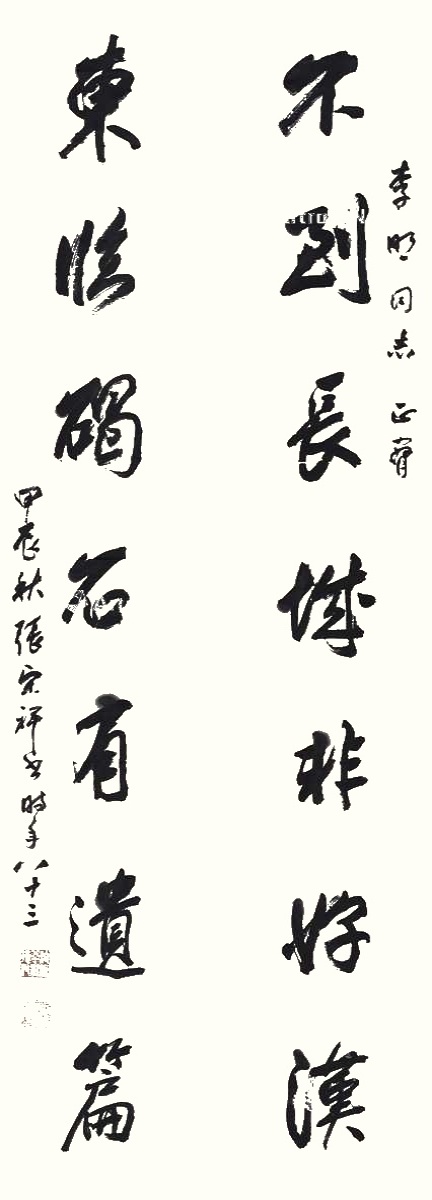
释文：不到长城非好汉，东临碣石有遗篇。李明同志正腕，甲辰秋，张宗祥书，时年八十三。